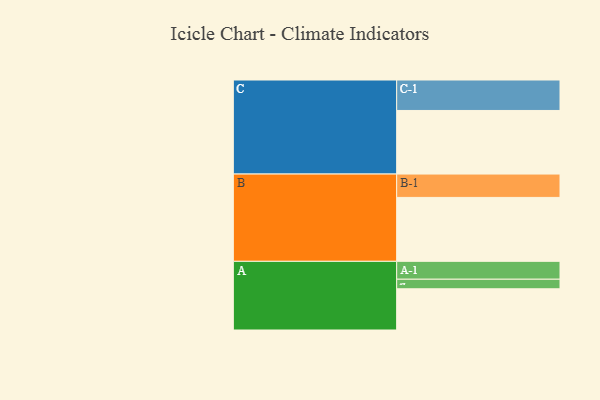
{"axis": {"x": "Segment", "y": "Value"}, "legend": ["", "A", "B", "C"], "data": [{"x": "A", "y": 383, "type": ""}, {"x": "B", "y": 594, "type": ""}, {"x": "C", "y": 591, "type": ""}, {"x": "A-1", "y": 166, "type": "A"}, {"x": "A-2", "y": 89, "type": "A"}, {"x": "B-1", "y": 217, "type": "B"}, {"x": "C-1", "y": 283, "type": "C"}]}